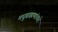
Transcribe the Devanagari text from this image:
मधुब्राह्मणांकडे